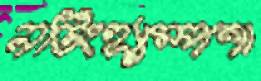
নটিংহ্যাম্পশা